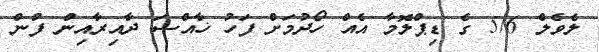
ލެވެލް 5/6 ގެ ޑިޕްލޮމާ އެއް ހޯދުމަށް ފަހު ޚާއްޞަ ދާއިރާއިން ފުން